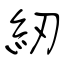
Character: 紉